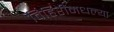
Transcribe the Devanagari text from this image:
विहिरींमधल्या